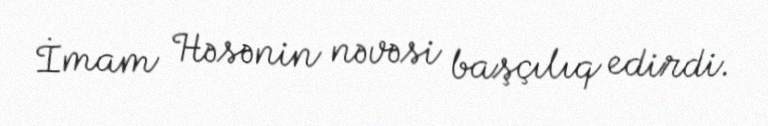
İmam Həsənin nəvəsi başçılıq edirdi.